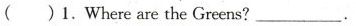
( )1.Where are the Greens? ___ .